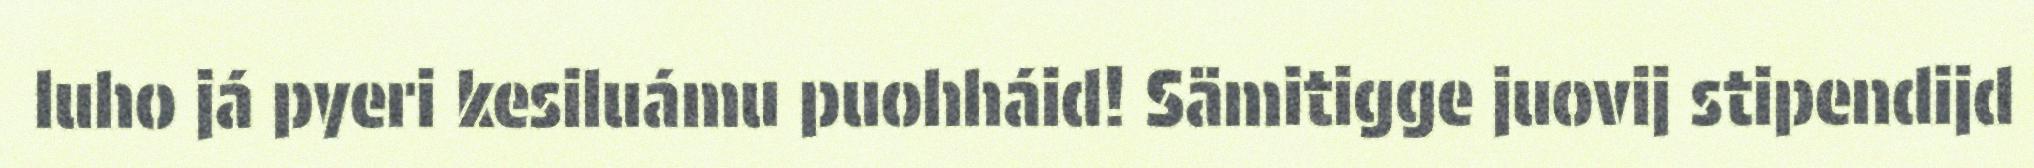
luho já pyeri kesiluámu puohháid! Sämitigge juovij stipendijd